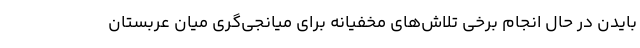
بایدن در حال انجام برخی تلاش‌های مخفیانه برای میانجی‌گری میان عربستان